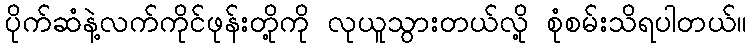
ပိုက်ဆံနဲ့လက်ကိုင်ဖုန်းတို့ကို လုယူသွားတယ်လို့ စုံစမ်းသိရပါတယ်။